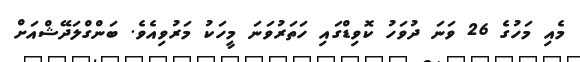
މެއި މަހުގެ 26 ވަނަ ދުވަހު ކޮވިޑްގައި ހަތަރުވަނަ މީހަކު މަރުވިއެވެ. ބަންގްލަދޭޝްއަށް